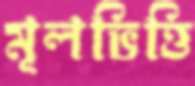
মূলভিত্তি